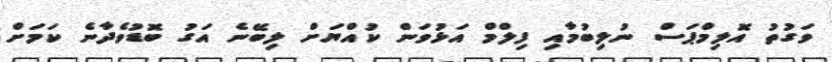
ވަގުތު އޮލިމްޕަސް ނުލިބުމާއި ފިލްމް އަޅުވަން ކުއްޔަށް ލިބޭނެ އަގު ބޮޑުވެދާނެ ކަމަށް